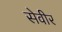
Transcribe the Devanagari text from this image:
सेवीर